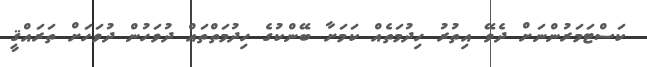
ކަސްޓަމަރުންނަށް ދެވޭ އިތުރު ހިދުމަތެއް ކަމަށާ ބޭންކުގެ ހިދުމަތްތައް ދުވަހުން ދުވަހަށް ތަރައްޤީ